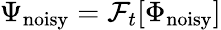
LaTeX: \Psi_{\mathrm{noisy}}=\mathcal{F}_{t}[\Phi_{\mathrm{noisy}}]